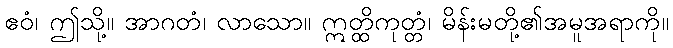
ဧဝံ၊ ဤသို့။ အာဂတံ၊ လာသော။ ဣတ္ထိကုတ္တံ၊ မိန်းမတို့၏အမူအရာကို။